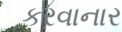
કરવાનાર